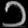
Digit: ၁